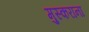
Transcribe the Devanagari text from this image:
मुस्कराना